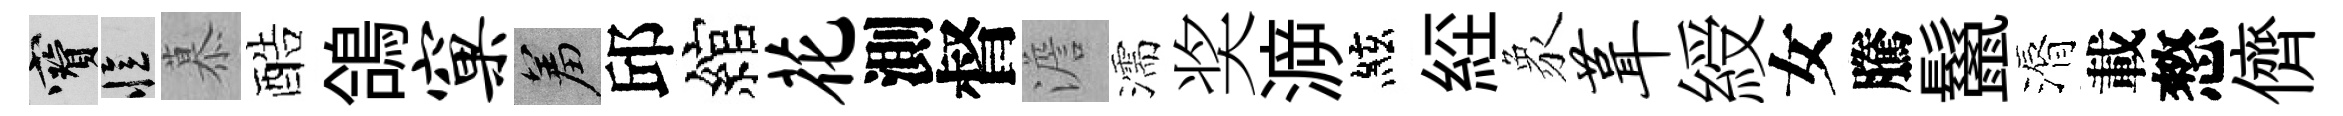
寶忆慕酷鴿窠羞邱綰花測督澹濡奖㴑絃𦀇象葺綬女騰鬣漘載憗儕